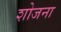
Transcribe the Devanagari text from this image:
शोजना